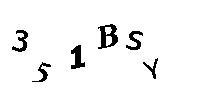
351BSY